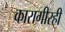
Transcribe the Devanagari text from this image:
कारागीरही